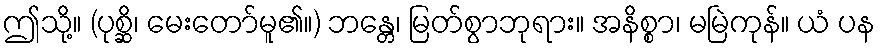
ဤသို့။ (ပုစ္ဆိ၊ မေးတော်မူ၏။) ဘန္တေ၊ မြတ်စွာဘုရား။ အနိစ္စာ၊ မမြဲကုန်။ ယံ ပန